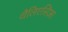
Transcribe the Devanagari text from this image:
थैलिएसिआ